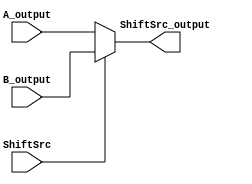
module shift_src(
    input  wire ShiftSrc,
    input wire [31:0] A_output,
    input wire [31:0] B_output,
    output wire [31:0] ShiftSrc_output
);


    assign ShiftSrc_output = (ShiftSrc == 1'b1) ? B_output : A_output;

endmodule